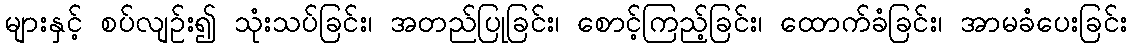
များနှင့် စပ်လျဉ်း၍ သုံးသပ်ခြင်း၊ အတည်ပြုခြင်း၊ စောင့်ကြည့်ခြင်း၊ ထောက်ခံခြင်း၊ အာမခံပေးခြင်း